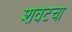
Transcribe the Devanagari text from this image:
शवटचा